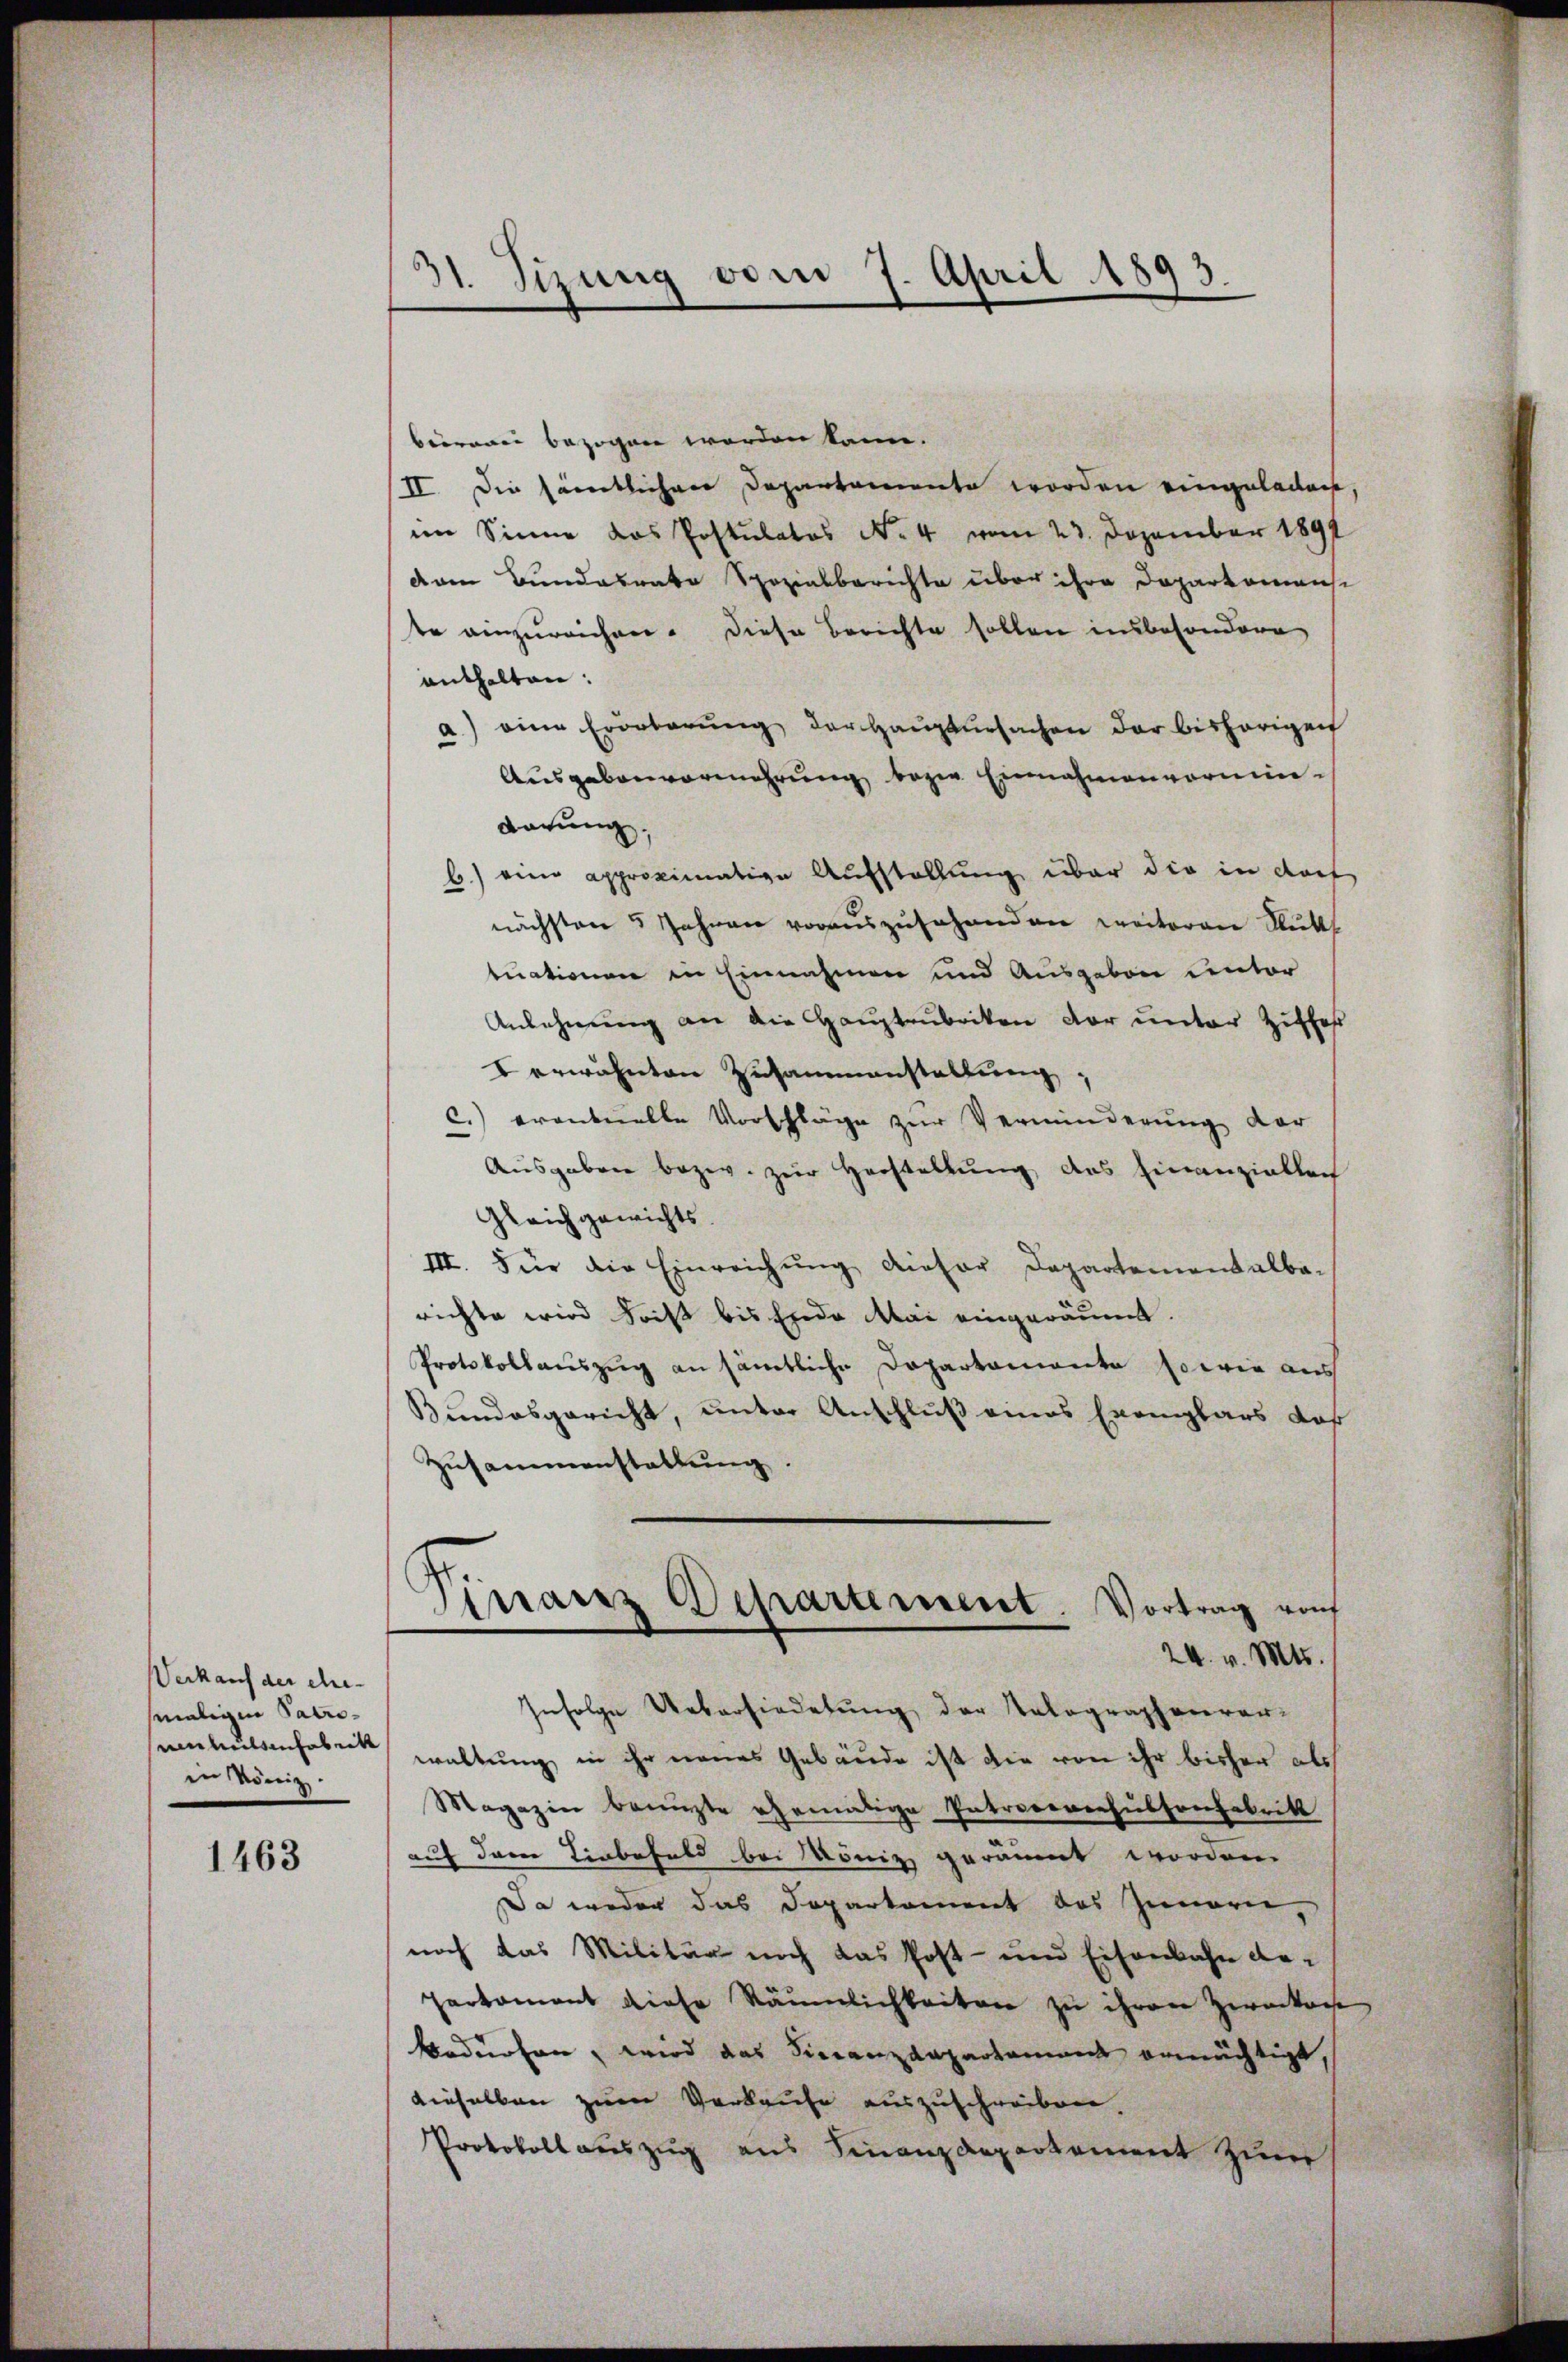
Verkauf der ehe-
maligen PatroenMulsenfabrike
in könig.

1463

31. Sizung vom 7. April 1893.

beirerei bezogen worden kann.
II. Die sämtlichen Departamente worden eingeladen,
im Sinne das Postulatos No. 4 vom 23. Dezember 1891
dam Bundesrate Spezialberichte über ihre Doparkomansi
te anzureichen. Diese Berichte sollen insbesondere
enthalten:
a) eine Erörterŭng der Hauptursachen der bisherigen
Ausgebenvermehrung bezw. Einnahmenvormendarung.
b.) eine approximative Aufstellung über die in das
nächsten 5 Jahren vorauszusehenden weiteren Flut
tuationen in Einnahmen und Ausgaben unter
Anlehnŭng an die Haŭptrubriken der ŭnter Zuschaf
I erwähnten Zusammenstellung,
c.) erantuelle Vorschläge zŭr Verminderŭng der
Ausgaben bezw. zur Herstellung, das Finanzielleich
Gleichgewichts.
III. Für die Einreichung dieser Departementalba-
richte wird Frist bis Ende Mai eingeräumt.
Protokollauszug an sämtliche Departamente sowie aus
Bundesgericht, unter Anschluß eines Exemplars daß
Zusammenstaltung.
Finanz Departement. Vortrag auf
24. v. Mts.
Infolge Uebersiedetŭng der Telegraphenver-
waltung in ihr neues Gebäude ist die von ihr bisher als
Magazin benuzte ehemalige Patroceresultonfabrikt
auf dem Einbefeld bei Mönig geräumt worden.
Da weder das Doparkoment des Innern,
noch das Militär noch das Post- und Eisenbahn da¬
Jerkoment diese Räumlichkeiten zu ihren Zweckere
Bedürfen, wird das Finanzdepartament ermächtigt
dieselben zum Verkaufe auszuschreiben.
Protokoll auszug aus Finanzdepartement zum